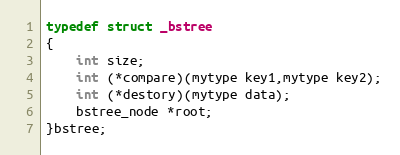
Language: C
typedef struct _bstree
{
    int size;
    int (*compare)(mytype key1,mytype key2);
	int (*destory)(mytype data);
	bstree_node *root;
}bstree;